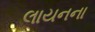
લાયનના